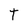
Character: t